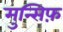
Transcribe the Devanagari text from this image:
मुन्सिफ़